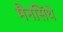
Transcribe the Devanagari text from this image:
मैनसिंथे